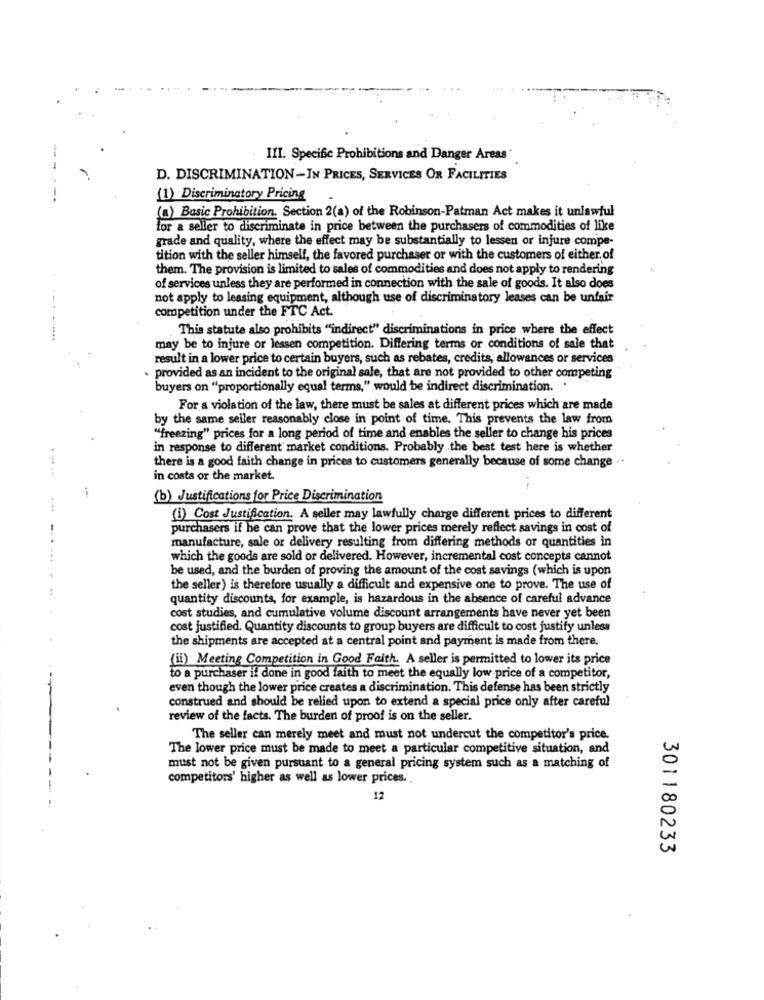
III. Specific Prohibitions and Danger Areas*
--
D. DISCRIMINATION-IN PRICES, SERVICES OR FACILITIES
.-.
(1) Discriminatory Pricing
(a) Basic Prohibition. Section 2(a) of the Robinson-Patman Act makes it unlawful
for a seller to discriminate in price between the purchasers of commodities of like
grade and quality, where the effect may be substantially to lessen or injure compe-
tition with the seller himself, the favored purchaser or with the customers of either.of
them. The provision is limited to sales of commodities and does not apply to rendering
of services unless they are performed in connection with the sale of goods. It also does
not apply to leasing equipment, although use of discriminatory leases can be unfair
competition under the FTC Act.
This statute also prohibits "indirect" discriminations in price where the effect
may be to injure or lessen competition. Differing terms or conditions of sale that
result in a lower price to certain buyers, such as rebates, credits, allowances or services
. provided as an incident to the original sale, that are not provided to other competing
buyers on "proportionally equal terms," would be indirect discrimination.
For a violation of the law, there must be sales at different prices which are made
by the same seiler reasonably close in point of time. This prevents the law from
"freezing" prices for a long period of time and enables the seller to change his prices
in response to different market conditions. Probably the best test here is whether
there is a good faith change in prices to customers generally because of some change ..
-----
in costs or the market.
(b) Justifications for Price Discrimination
(i) Cost Justification. A seller may lawfully charge different prices to different
purchasers if he can prove that the lower prices merely reflect savings in cost of
manufacture, sale or delivery resulting from differing methods or quantities in
which the goods are sold or delivered. However, incremental cost concepts cannot
be used, and the burden of proving the amount of the cost savings (which is upon
the seller) is therefore usually a difficult and expensive one to prove. The use of
quantity discounts, for example, is hazardous in the absence of careful advance
cost studies, and cumulative volume discount arrangements have never yet been
cost justified. Quantity discounts to group buyers are difficult to cost justify unless
the shipments are accepted at a central point and payment is made from there.
(il) Meeting Competition in Good Faith. A seller is permitted to lower its price
to a purchaser it done in good faith to meet the equally low price of a competitor,
even though the lower price creates a discrimination. This defense has been strictly
construed and should be relied upon to extend a special price only after careful
.
review of the facts. The burden of proof is on the seller.
The seller can merely meet and must not undercut the competitor's price.
The lower price must be made to meet a particular competitive situation, and
must not be given pursuant to a general pricing system such as a matching of
competitors' higher as well as lower prices ..
12
301180233